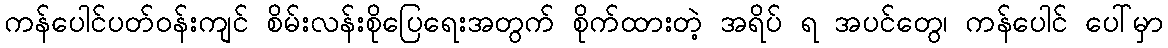
ကန်ပေါင်ပတ်ဝန်းကျင် စိမ်းလန်းစိုပြေရေးအတွက် စိုက်ထားတဲ့ အရိပ် ရ အပင်တွေ၊ ကန်ပေါင် ပေါ်မှာ